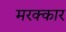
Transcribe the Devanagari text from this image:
मरक्कार